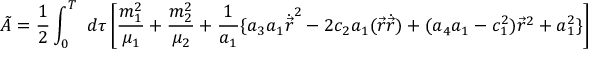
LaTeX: \tilde { A } = \frac { 1 } { 2 } \int _ { 0 } ^ { T } ~ d \tau \left[ \frac { m _ { 1 } ^ { 2 } } { \mu _ { 1 } } + \frac { m _ { 2 } ^ { 2 } } { \mu _ { 2 } } + \frac { 1 } { a _ { 1 } } \{ a _ { 3 } a _ { 1 } \dot { \vec { r } } ^ { 2 } - 2 c _ { 2 } a _ { 1 } ( \vec { r } \dot { \vec { r } } ) + ( a _ { 4 } a _ { 1 } - c _ { 1 } ^ { 2 } ) \vec { r } ^ { 2 } + a _ { 1 } ^ { 2 } \} \right]